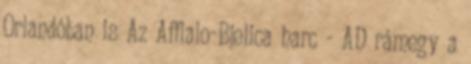
Orlandóban is Az Afflalo-Bjelica harc - AD rámegy a